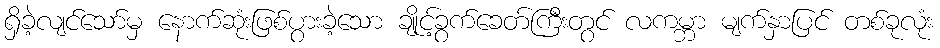
ရှိခဲ့လျင်သော်မှ နောက်ဆုံးဖြစ်ပွားခဲ့သော ချိုင့်ခွက်ခေတ်ကြီးတွင် လကမ္ဘာ မျက်နှာပြင် တစ်ခုလုံး